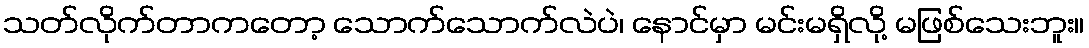
သတ်လိုက်တာကတော့ သောက်သောက်လဲပဲ၊ နောင်မှာ မင်းမရှိလို့ မဖြစ်သေးဘူး။